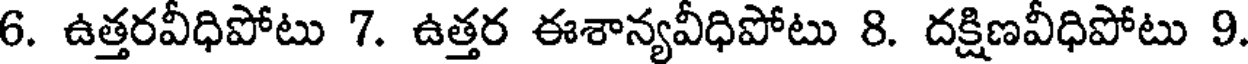
6. ఉత్తరవీధిపోటు 7. ఉత్తర ఈశాన్యవీధిపోటు 8. దక్షిణవీధిపోటు 9.